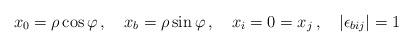
\begin{align*}x_0 = \rho \cos \varphi \, , \quad x_b = \rho \sin \varphi \, , \quad x_i = 0 = x_j \, , \quad \left| \epsilon_{b i j} \right| = 1\end{align*}